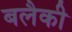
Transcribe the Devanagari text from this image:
बलैकी